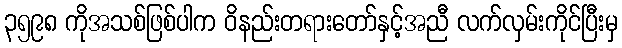
၃၅၉၈ ကိုအသစ်ဖြစ်ပါက ဝိနည်းတရားတော်နှင့်အညီ လက်လှမ်းကိုင်ပြီးမှ